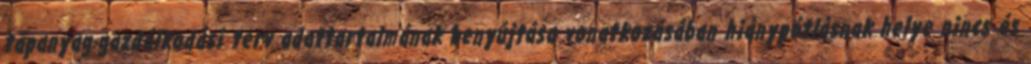
tápanyag-gazdálkodási terv adattartalmának benyújtása vonatkozásában hiánypótlásnak helye nincs és